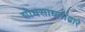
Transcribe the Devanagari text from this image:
शोधसाधनांद्वारे